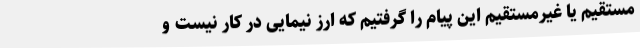
مستقیم یا غیرمستقیم این پیام را گرفتیم که ارز نیمایی در کار نیست و